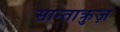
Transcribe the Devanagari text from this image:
सान्ताक्रुज़